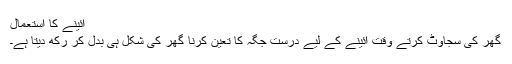
آئینے کا استعمال
گھر کی سجاوٹ کرتے وقت آئینے کے لیے درست جگہ کا تعین کرنا گھر کی شکل ہی بدل کر رکھ دیتا ہے۔